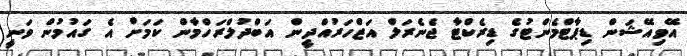
އޭވިއޭޝަން ޑިޕާޓްމެންޓުގެ ޑިރެކްޓާ ޖެނެރަލް އަޒްހަރުއްދީން އަބްދުލްރަހްމާން ކަމަށް އެ ގައުމުން ވަނީ